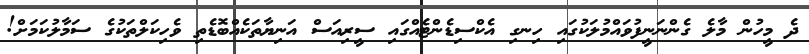
ދެ މީހުން މާލެ ގެންނަނީފުވައްމުލަކުގައި ހިނގި އެކްސިޑެންޓެއްގައި ސީރިއަސް އަނިޔާތަކެއްބޮޑެތި ވެހިކަލްތަކުގެ ސަމާލުކަމަށް!